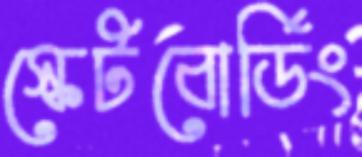
স্কেটবোর্ডিং